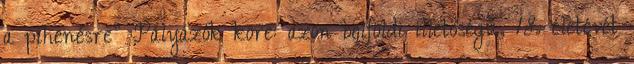
a pihenésre” Pályázók köre: azon belföldi illetőségű, 18. életévét